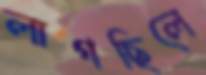
লাগছিলে